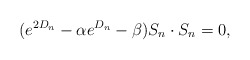
\begin{align*} (e^{2D_{n}}-\alpha e^{D_{n}}-\beta)S_n\cdot S_n=0,\end{align*}